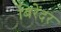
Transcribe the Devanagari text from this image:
बिरेंदर